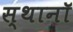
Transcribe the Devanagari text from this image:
स्थानॉ